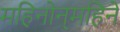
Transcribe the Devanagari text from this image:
महिनोन्‌महिने